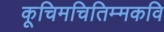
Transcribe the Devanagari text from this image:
कूचिमचितिम्मकवि